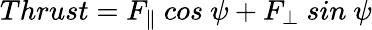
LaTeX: Thrust=F_{\parallel}\ cos\ \psi+F_{\bot}\ sin\ \psi